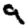
Digit: 9